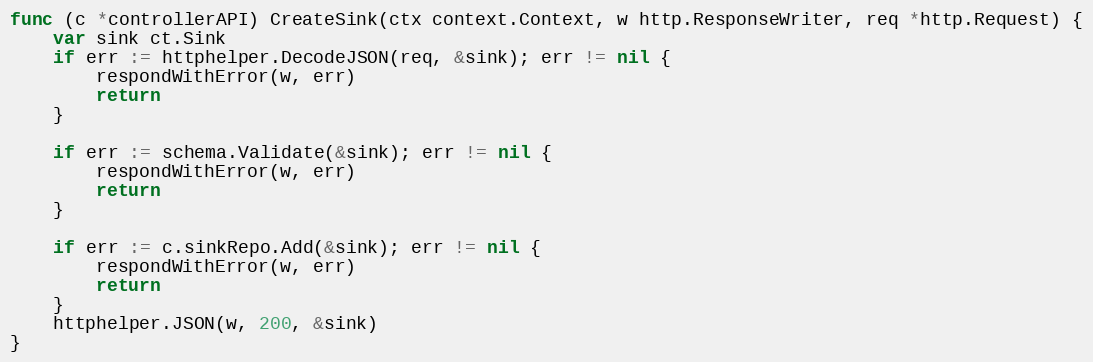
Language: Go
func (c *controllerAPI) CreateSink(ctx context.Context, w http.ResponseWriter, req *http.Request) {
	var sink ct.Sink
	if err := httphelper.DecodeJSON(req, &sink); err != nil {
		respondWithError(w, err)
		return
	}

	if err := schema.Validate(&sink); err != nil {
		respondWithError(w, err)
		return
	}

	if err := c.sinkRepo.Add(&sink); err != nil {
		respondWithError(w, err)
		return
	}
	httphelper.JSON(w, 200, &sink)
}